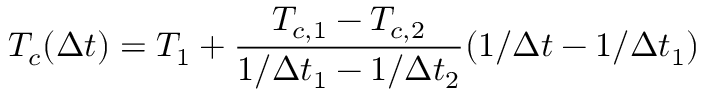
T _ { c } ( \Delta t ) = T _ { 1 } + \frac { T _ { c , 1 } - T _ { c , 2 } } { 1 / \Delta t _ { 1 } - 1 / \Delta t _ { 2 } } ( 1 / \Delta t - 1 / \Delta t _ { 1 } )